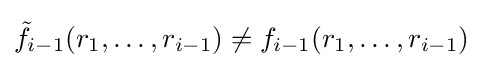
{\tilde {f}}_{i-1}(r_{1},\dots ,r_{i-1})\neq f_{i-1}(r_{1},\dots ,r_{i-1})